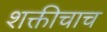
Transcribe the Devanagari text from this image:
शक्तीचाच